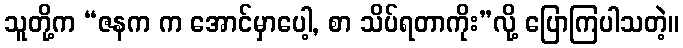
သူတို့က “ဇနက က အောင်မှာပေါ့, စာ သိပ်ရတာကိုး”လို့ ပြောကြပါသတဲ့။